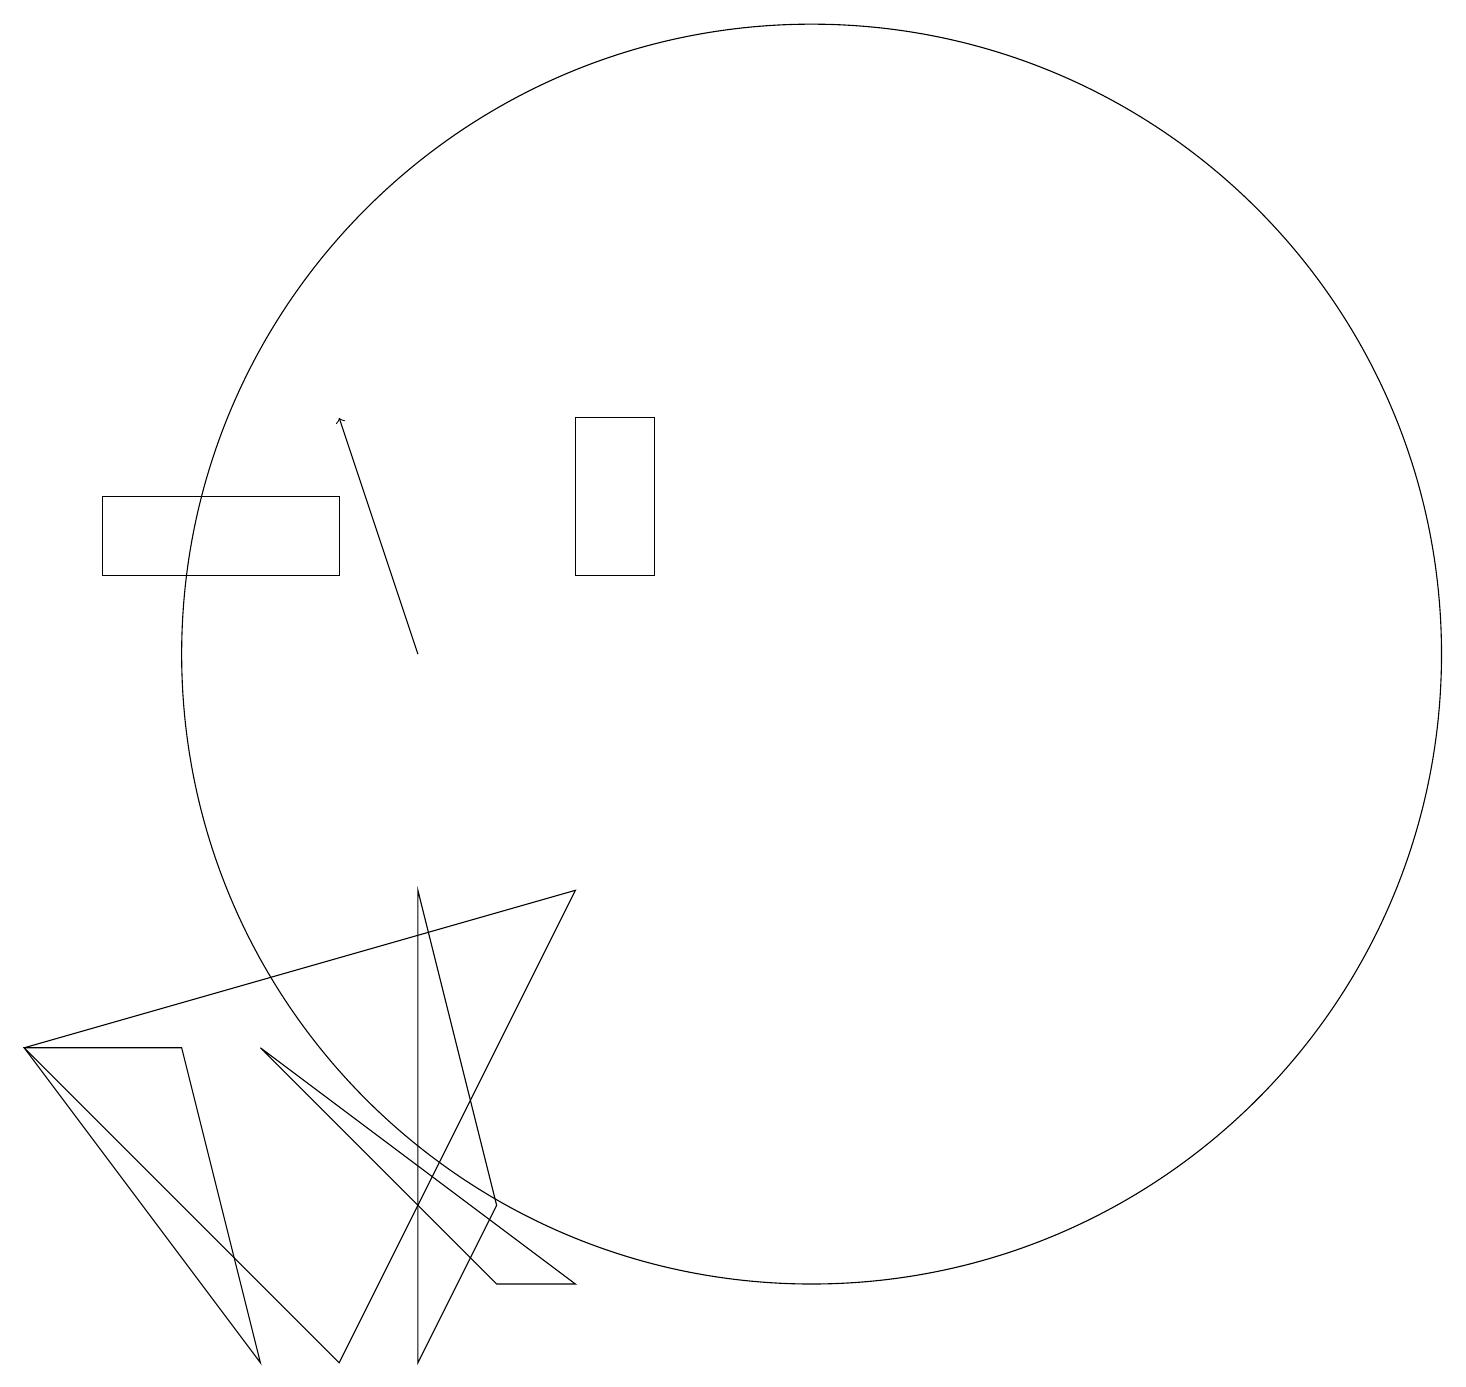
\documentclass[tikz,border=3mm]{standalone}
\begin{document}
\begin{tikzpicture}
\draw (3,6) -- (1,6) -- (4,2) -- cycle;
\draw (7,4) -- (6,8) -- (6,2) -- cycle;
\draw (2,13) rectangle (5,12);
\draw (11,11) circle (8);
\draw[->] (6,11) -- (5,14);
\draw (9,12) rectangle (8,14);
\draw (8,3) -- (7,3) -- (4,6) -- cycle;
\draw (8,8) -- (1,6) -- (5,2) -- cycle;
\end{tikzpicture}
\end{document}